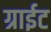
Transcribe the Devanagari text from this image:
ग्राईट